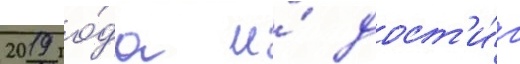
2019 го́да и́ дост'и́г